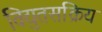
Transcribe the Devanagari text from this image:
विद्युतसक्रिय